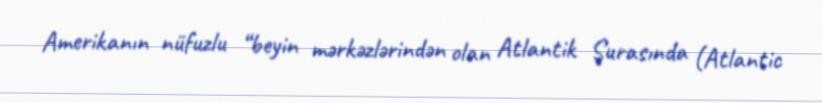
Amerikanın nüfuzlu “beyin mərkəzlərindən olan Atlantik Şurasında (Atlantic